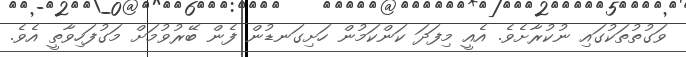
ވަގުތުތަކުގައި ނުކުރާށެވެ. އެއީ މިފަދަ ކަންކަމުން ހަށިގަނޑުން ފެން ބޭރުވުމަށް މަގުފަހިވާތީ އެވެ.